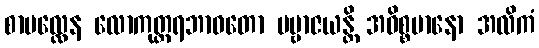
စာပလ္လေန လောကုတ္တရဘာဝတော ပဗ္ဗာဇယန္တိ အဝိစ္စမာနော အလိကံ